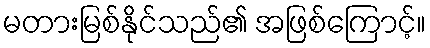
မတားမြစ်နိုင်သည်၏ အဖြစ်ကြောင့်။